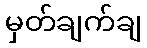
မှတ်ချက်ချ